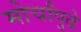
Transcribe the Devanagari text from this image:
मोर्चांपुढे